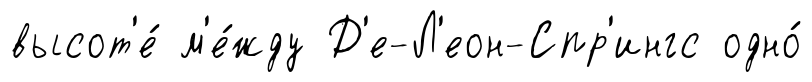
высот'е́ м'е́жду Д'е-Л'еон-Спр'ингс одно́